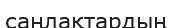
саңлақтардың